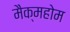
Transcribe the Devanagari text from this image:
मैक्महोम